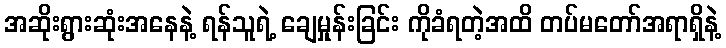
အဆိုးရွားဆုံးအနေနဲ့ ရန်သူရဲ့ ချေမှုန်းခြင်း ကိုခံရတဲ့အထိ တပ်မတော်အရာရှိနဲ့